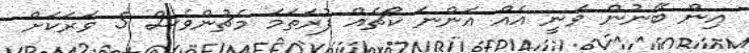
އިން ބޭނުން ވަނީ އެއް އަންނަ ކޯޗެއް ފުރަތަމަ މެޗުންވެސް 5 ވަރަކަށް